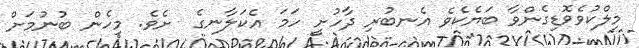
މިލްކުވެވޮޑިގެންވާ ބަޔެކެވެ އެނބުރި ދާހުށީ ހަމަ އެކަލާނގެ  ށެވެ. މިހެން ބުނުމަށް